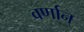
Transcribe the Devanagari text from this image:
वर्णान्